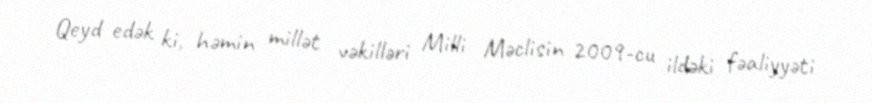
Qeyd edək ki, həmin millət vəkilləri Milli Məclisin 2009-cu ildəki fəaliyyəti